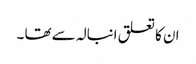
ان کا تعلق انبالہ سے تھا ۔